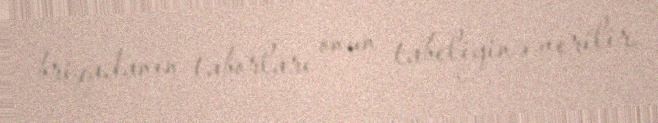
briqadanın taborları onun tabeliyinə verilir.